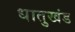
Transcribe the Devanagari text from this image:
धातुखंड